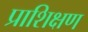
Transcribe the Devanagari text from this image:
प्राशिक्षण